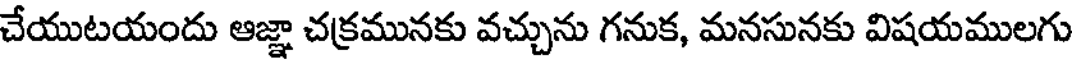
చేయుటయందు ఆజ్ఞా చక్రమునకు వచ్చును గనుక, మనసునకు విషయములగు